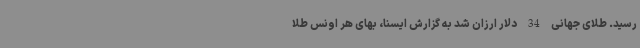
رسید. طلای جهانی 34 دلار ارزان شد به گزارش ایسنا، بهای هر اونس طلا